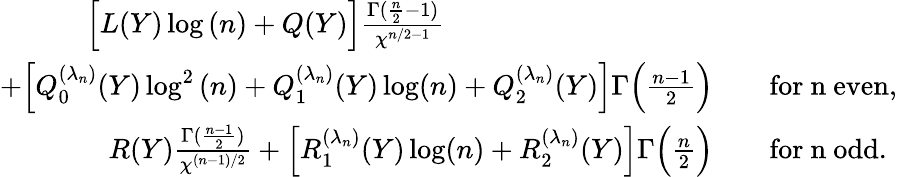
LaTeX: \begin{array}{rl}{\Big[L(Y)\log{(n)}+Q(Y)\Big]\frac{\Gamma(\frac{n}{2}-1)}{\chi^{n/2-1}}\qquad\qquad~~\qquad\qquad\quad}&{}\\ {+\Big[Q_{0}^{(\lambda_{n})}(Y)\log^{2}{(n)}+Q_{1}^{(\lambda_{n})}(Y)\log(n)+Q_{2}^{(\lambda_{n})}(Y)\Big]\Gamma\Big(\frac{n-1}{2}\Big)}&{\quad\mathrm{for~n~even},}\\ {R(Y)\frac{\Gamma(\frac{n-1}{2})}{\chi^{(n-1)/2}}+\Big[R_{1}^{(\lambda_{n})}(Y)\log(n)+R_{2}^{(\lambda_{n})}(Y)\Big]\Gamma\Big(\frac{n}{2}\Big)}&{\quad\mathrm{for~n~odd}.}\end{array}